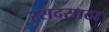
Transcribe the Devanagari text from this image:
रसदसाठा